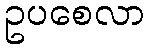
ဥပစေလာ